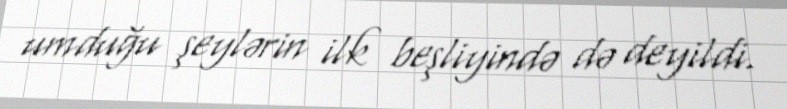
umduğu şeylərin ilk beşliyində də deyildi.